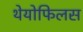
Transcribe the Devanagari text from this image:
थेयोफिलस